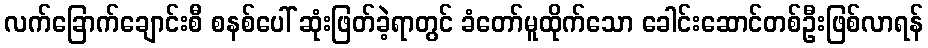
လက်ခြောက်ချောင်းစီ စနစ်ပေါ် ဆုံးဖြတ်ခဲ့ရာတွင် ခံတော်မူထိုက်သော ခေါင်းဆောင်တစ်ဦးဖြစ်လာရန်